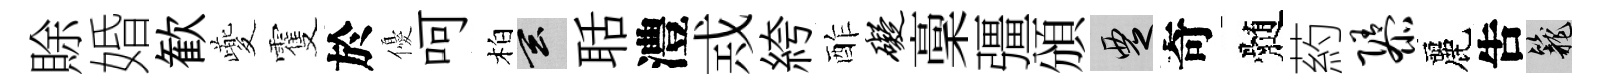
賖婚歓夔䨥於優呵柏玄聒澧𢦶絝酢碍稾彊頒覂奇髄葯隳麗吿籠